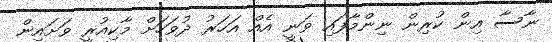
ނާސާ އިން ކުރިން ނިންމާފައި ވަނީ އެއް އަހަރު ދުވަހަށް މާކިއުރީ ވަށައިން